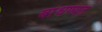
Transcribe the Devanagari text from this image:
बांधण्यत